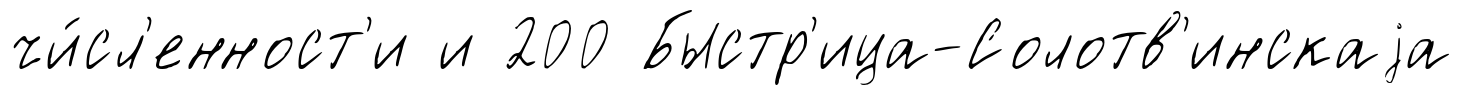
чи́сл'енност'и и 200 Быстр'ица-Солотв'инскаjа